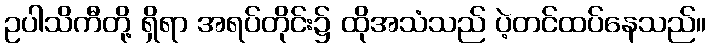
ဥပါသိကီတို့ ရှိရာ အရပ်တိုင်း၌ ထိုအသံသည် ပဲ့တင်ထပ်နေသည်။